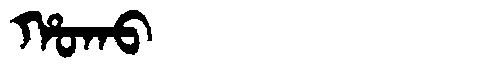
Manchu: ᡥᠣᡴᠣ
Romanization: HOKO